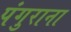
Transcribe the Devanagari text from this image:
पंगुराना